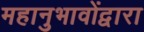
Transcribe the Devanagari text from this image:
महानुभावोंद्वारा